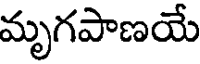
మృగపాణయే